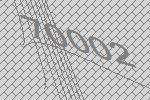
70002